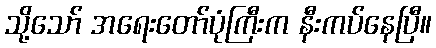
သို့သော် အရေးတော်ပုံကြီးက နီးကပ်နေပြီ။